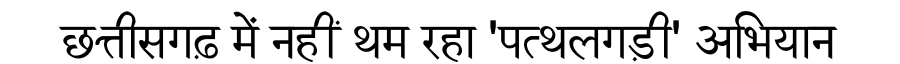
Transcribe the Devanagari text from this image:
छत्तीसगढ़ में नहीं थम रहा 'पत्थलगड़ी' अभियान